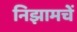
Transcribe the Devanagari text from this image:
निझामचें